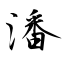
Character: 潘